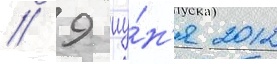
// 9 иу́н'я 2012